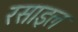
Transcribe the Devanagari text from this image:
रसाइल